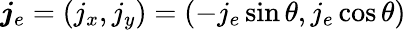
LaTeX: \boldsymbol{j}_{e}=(j_{x},j_{y})=(-j_{e}\sin\theta,j_{e}\cos\theta)